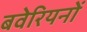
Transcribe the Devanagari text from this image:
बवेरियनों